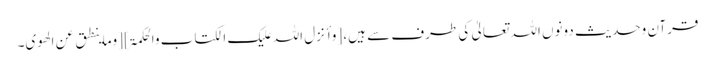
قرآن وحدیث دونوں اللہ تعالیٰ کی طرف سے ہیں، [وأنزل اللہ علیک الکتاب والحکمۃ] [وماینطق عن الھوی۔